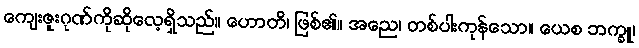
ကျေးဇူးဂုဏ်ကိုဆိုလေ့ရှိသည်။ ဟောတိ၊ ဖြစ်၏။ အညေ၊ တစ်ပါးကုန်သော။ ယေစ ဘက္ခူ၊